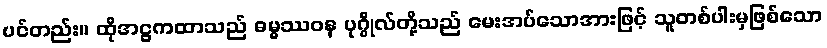
ပင်တည်း။ ထိုအဋ္ဌကထာသည် ဓမ္မဿဝန ပုဂ္ဂိုလ်တို့သည် မေးအပ်သောအားဖြင့် သူတစ်ပါးမှဖြစ်သော